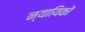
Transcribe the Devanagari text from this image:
न्यायिकों